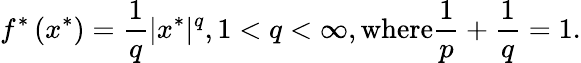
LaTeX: f^{*}\left(x^{*}\right)={\frac{1}{q}}|x^{*}|^{q},1<q<\infty,{\mathrm{where}}{\frac{1}{p}}+{\frac{1}{q}}=1.